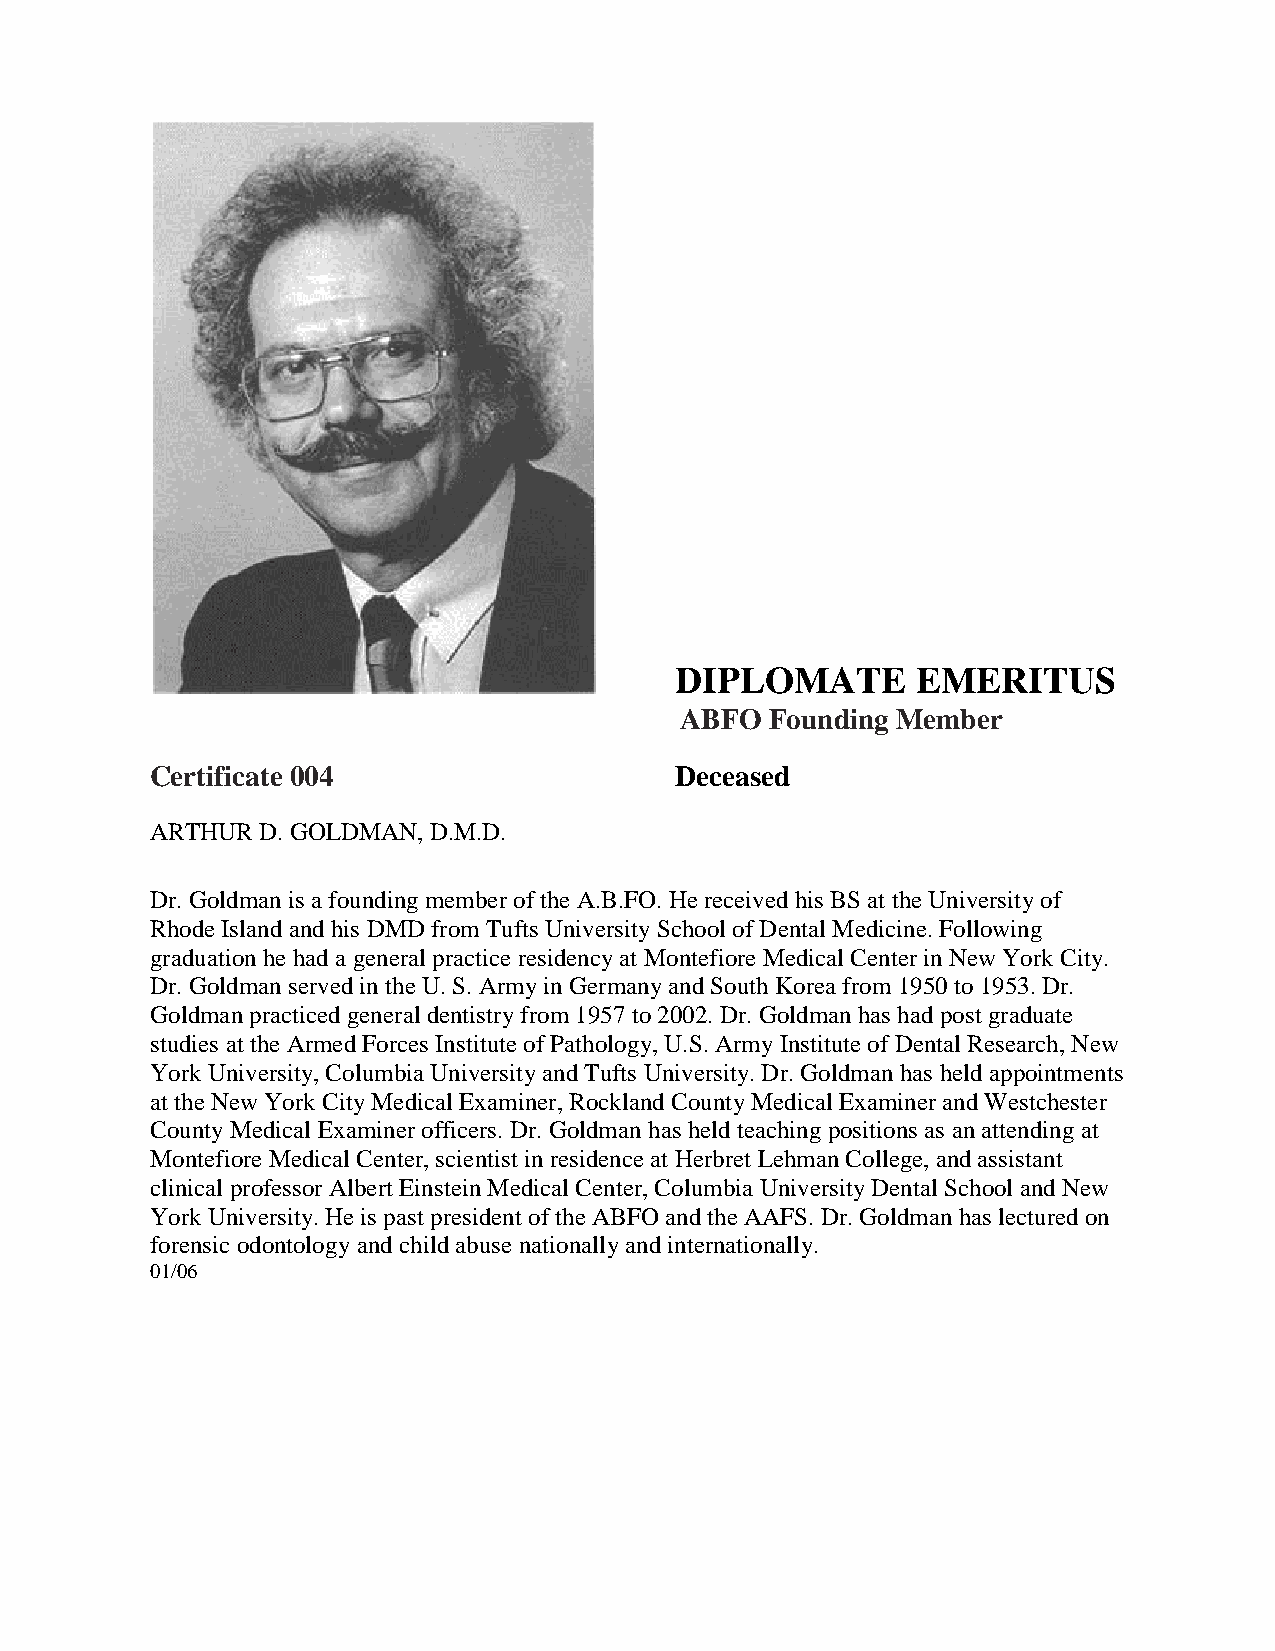
DIPLOMATE       EMERITUS
 ABFO  Founding Member
 Certificate 004                    Deceased
 ARTHUR D. GOLDMAN, D.M.D.
 Dr. Goldman is a founding member of the A.B.FO. He received his BS at the University of
 Rhode Island and his DMD from Tufts University School of Dental Medicine. Following
 graduation he had a general practice residency at Montefiore Medical Center in New York City.
 Dr. Goldman served in the U. S. Army in Germany and South Korea from 1950 to 1953. Dr.
 Goldman practiced general dentistry from 1957 to 2002. Dr. Goldman has had post graduate
 studies at the Armed Forces Institute of Pathology, U.S. Army Institute of Dental Research, New
 York University, Columbia University and Tufts University. Dr. Goldman has held appointments
 at the New York City Medical Examiner, Rockland County Medical Examiner and Westchester
 County Medical Examiner officers. Dr. Goldman has held teaching positions as an attending at
 Montefiore Medical Center, scientist in residence at Herbret Lehman College, and assistant
 clinical professor Albert Einstein Medical Center, Columbia University Dental School and New
 York University. He is past president of the ABFO and the AAFS. Dr. Goldman has lectured on
 forensic odontology and child abuse nationally and internationally.
 01/06